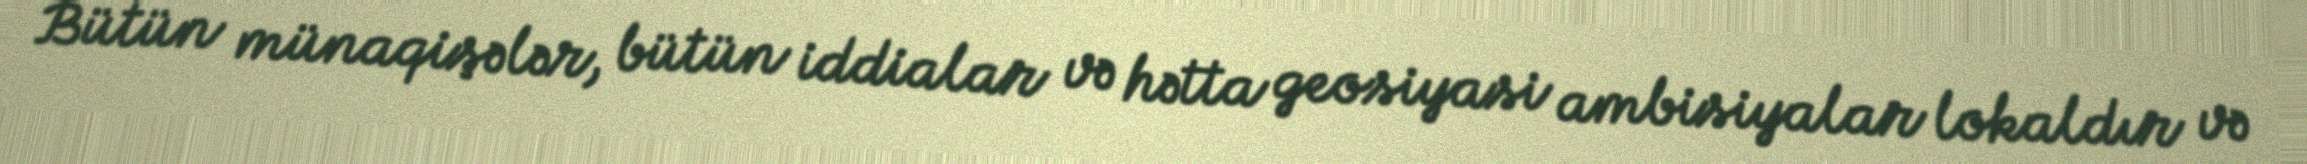
Bütün münaqişələr, bütün iddialar və hətta geosiyasi ambisiyalar lokaldır və